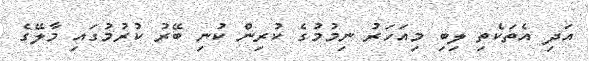
އަދި އެތަކެތި ލިބި މިއަހަރު ނިމުމުގެ ކުރިން ކުނި ބޭރު ކުރުމުގައި މާލޭގެ